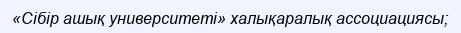
«Сібір ашық университеті» халықаралық ассоциациясы;